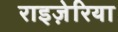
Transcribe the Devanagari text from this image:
राइज़ेरिया